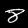
Label: 8